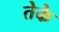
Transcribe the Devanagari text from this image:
तेके